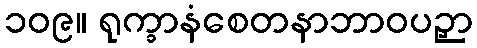
၁၀၉။ ရုက္ခာနံစေတနာဘာဝပဉှာ